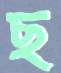
ছ